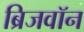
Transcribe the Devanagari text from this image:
ब्रिजवॉन